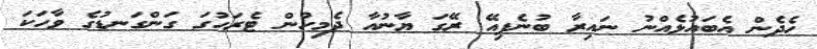
ހެދެން އެބައުޅެއްނު ނައިރާ ބުނެފިއޭ ރޭގަ ޔާނުއާ ދެމިހުން ޓެރަހުގަ ގަންގަނޑުގެ ވާހަކަ